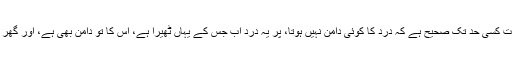
یہ بات کسی حد تک صحیح ہے کہ درد کا کوئی دامن نہیں ہوتا، پر یہ درد اب جس کے یہاں ٹھیرا ہے، اُس کا تو دامن بھی ہے، اور گھر بھی۔